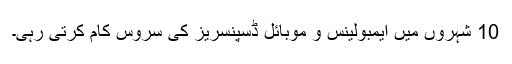
10 شہروں میں ایمبولینس و موبائل ڈسپنسریز کی سروس کام کرتی رہی۔